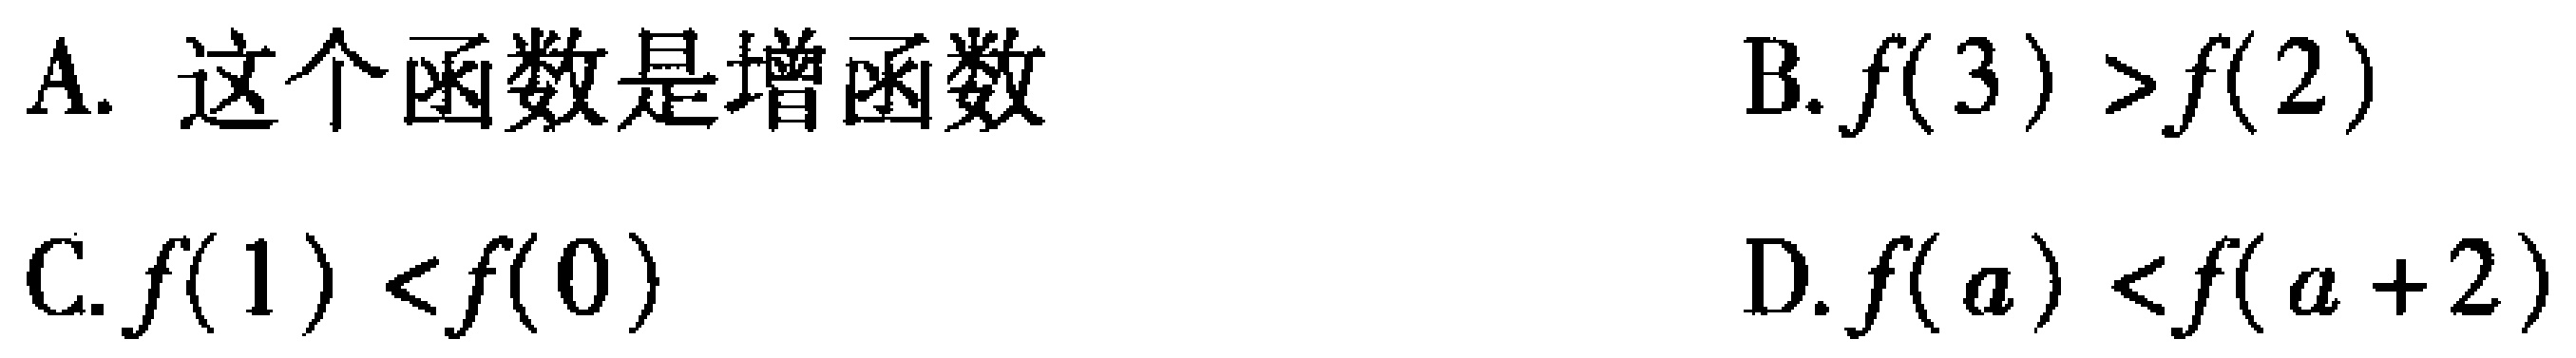
A. 这个函数是增函数

B. \(f(3)>f(2)\)

C. \(f(1)<f(0)\)

D. \(f(a)<f(a + 2)\)